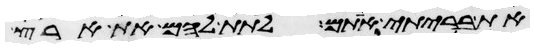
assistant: את בריתי אתם לתת להם את ארץ